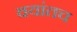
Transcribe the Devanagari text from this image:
वयांतच